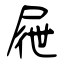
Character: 屜